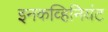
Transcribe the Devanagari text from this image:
इनकव्हिनियंट